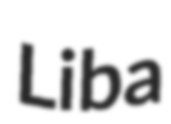
Liba